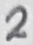
Text: 2